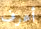
أعرف